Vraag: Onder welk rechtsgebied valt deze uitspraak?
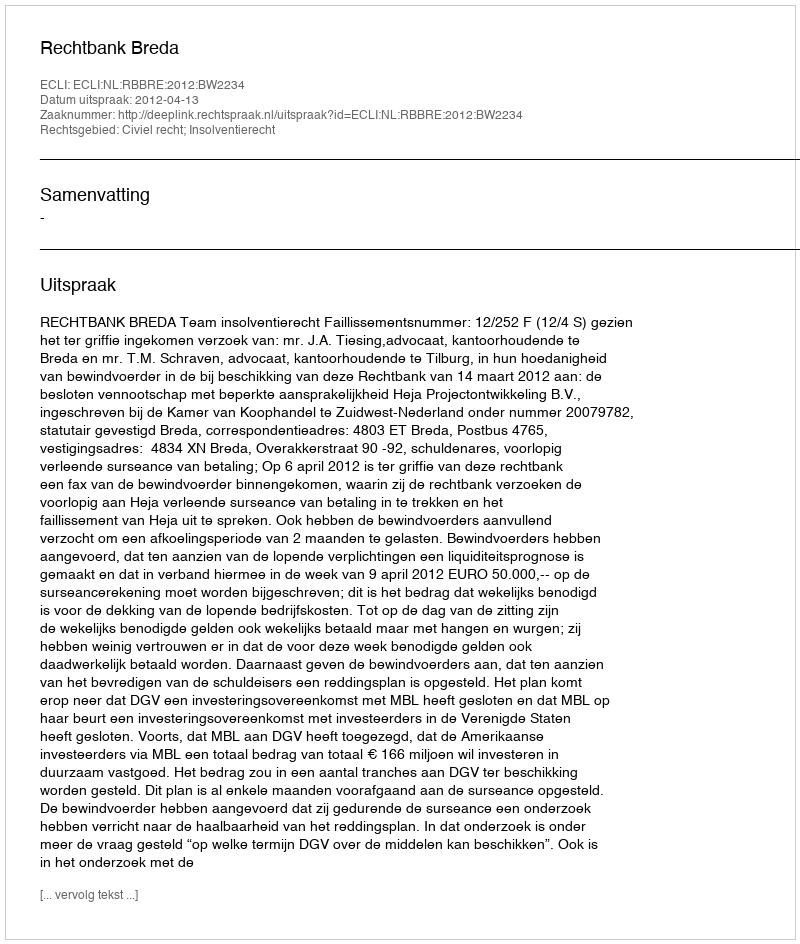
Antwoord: Civiel recht; Insolventierecht